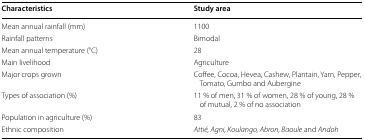
<table><thead><tr><td><b>Characteristics</b></td><td><b>Study area</b></td></tr></thead><tbody><tr><td>Mean annual rainfall (mm)</td><td>1100</td></tr><tr><td>Rainfall patterns</td><td>Bimodal</td></tr><tr><td>Mean annual temperature (°C)</td><td>28</td></tr><tr><td>Main livelihood</td><td>Agriculture</td></tr><tr><td>Major crops grown</td><td>Coffee, Cocoa, Hevea, Cashew, Plantain, Yam, Pepper, Tomato, Gumbo and Aubergine</td></tr><tr><td>Types of association (%)</td><td>11 % of men, 31 % of women, 28 % of young, 28 % of mutual, 2 % of no association</td></tr><tr><td>Population in agriculture (%)</td><td>83</td></tr><tr><td>Ethnic composition</td><td><i>Attié, Agni, Koulango, Abron, Baoule</i> and <i>Andoh</i></td></tr></tbody></table>